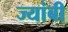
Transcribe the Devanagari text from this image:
ज्यांबी